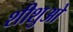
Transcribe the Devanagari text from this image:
शीशुओ